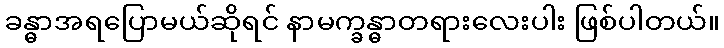
ခန္ဓာအရပြောမယ်ဆိုရင် နာမက္ခန္ဓာတရားလေးပါး ဖြစ်ပါတယ်။